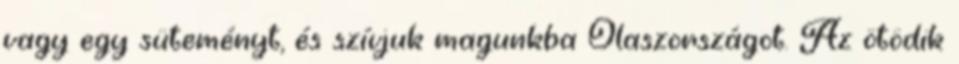
vagy egy süteményt, és szívjuk magunkba Olaszországot. Az ötödik